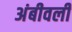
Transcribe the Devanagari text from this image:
अंबीवली